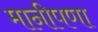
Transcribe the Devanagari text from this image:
मानीपणा